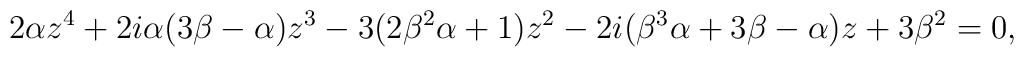
2\alpha z^4 +2i\alpha(3\beta-\alpha)z^3-3(2\beta^2\alpha+1)z^2-2i(\beta^3\alpha+3\beta-\alpha)z+3\beta^2=0,